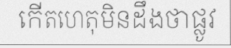
កើតហេតុមិនដឹងថាផ្លូវ